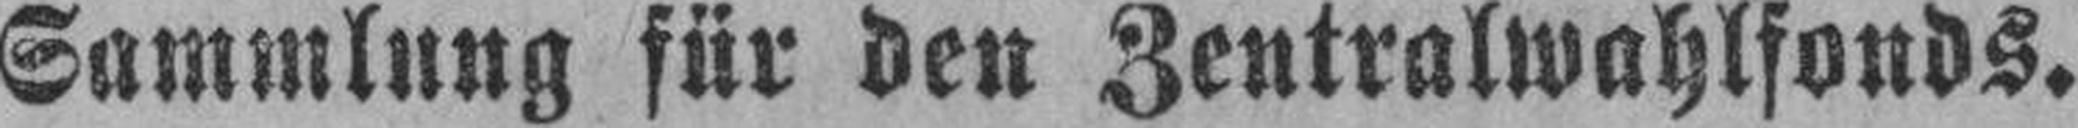
Sammlung für den Zentralwahlfonds.